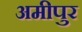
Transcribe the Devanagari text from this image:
अमीपुर